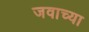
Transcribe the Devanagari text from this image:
जवाच्या